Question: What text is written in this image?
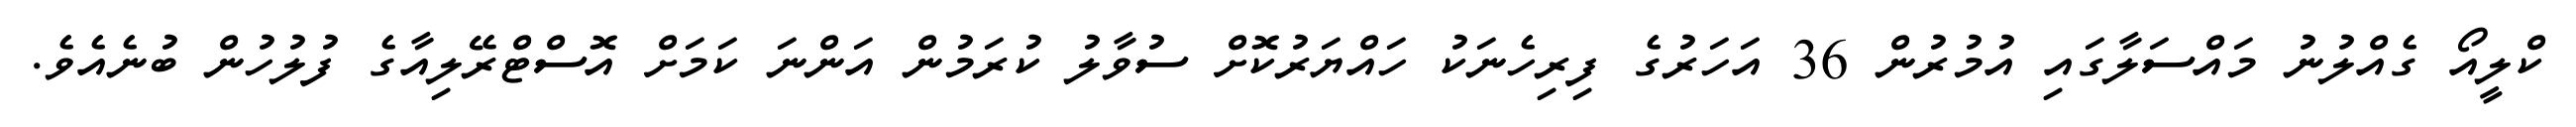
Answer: ކްލީއޯ ގެއްލުނު މައްސަލާގައި އުމުރުން 36 އަހަރުގެ ފިރިހެނަކު ހައްޔަރުކޮށް ސުވާލު ކުރަމުން އަންނަ ކަމަށް އޮސްޓްރޭލިއާގެ ފުލުހުން ބުނެއެވެ.